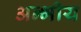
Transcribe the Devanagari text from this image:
अन्भीय